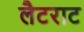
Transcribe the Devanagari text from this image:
लैटराट